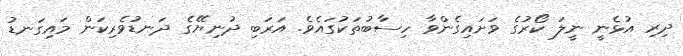
ދިރި އުޅެނީ ނީލަ ކޯރުގެ ވަށައިގެންވާ ހިސާބުތަކުގައެވެ. އަރަބި ދުނިޔޭގެ ދަނޑުވެރިކަން މައިގަނޑު